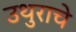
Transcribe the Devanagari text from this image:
उथुराचे